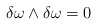
\begin{align*}\delta \omega \wedge \delta \omega =0\end{align*}